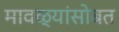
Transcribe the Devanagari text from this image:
मावळ्यांसोबत